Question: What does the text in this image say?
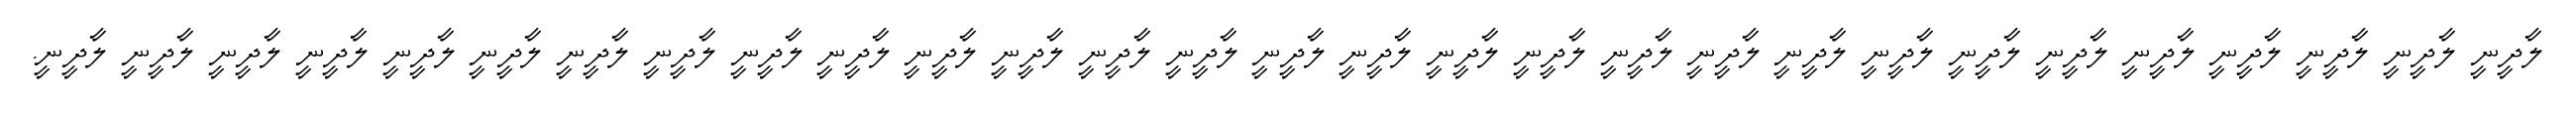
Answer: ލާދީނީ ލާދީނީ ލާދީނީ ލާދީނީ ލާދީނީ ލާދީނީ ލާދީނީ ލާދީނީ ލާދީނީ ލާދީނީ ލާދީނީ ލާދީނީ ލާދީނީ ލާދީނީ ލާދީނީ ލާދީނީ ލާދީނީ ލާދީނީ ލާދީނީ ލާދީނީ ލާދީނީ ލާދީނީ ލާދީނީ ލާދީނީ ލާދީނީ ލާދީނީ ލާދީނީ ލާދީނީ ލާދީނީ.